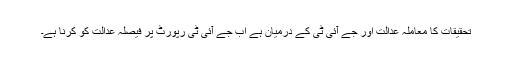
تحقیقات کا معاملہ عدالت اور جے آئی ٹی کے درمیان ہے اب جے آئی ٹی رپورٹ پر فیصلہ عدالت کو کرنا ہے۔